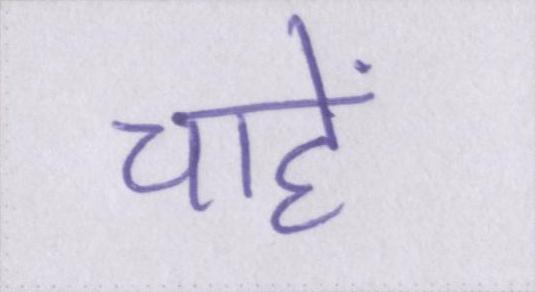
चाहें